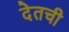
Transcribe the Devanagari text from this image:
देतची